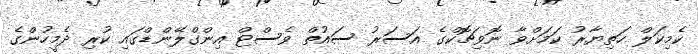
ކެމިކަލް ހަތިޔާރު ކަމަށްވާ ނޮވިޗޮކްގެ އަސަރު ސައުތް ވެސްޓް އިންގްލޭންޑްގައި ކުރި ދެމީހުންގެ